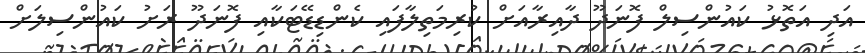
އަދި އަތޮޅު ކައުންސިލް ފޮނަދޫ ދާއިރާއަށް ކުރިމަތިލާފައި ކެންޑިޑޭޓަކާއި ފޮނަދޫ ރަށު ކައުންސިލަށް